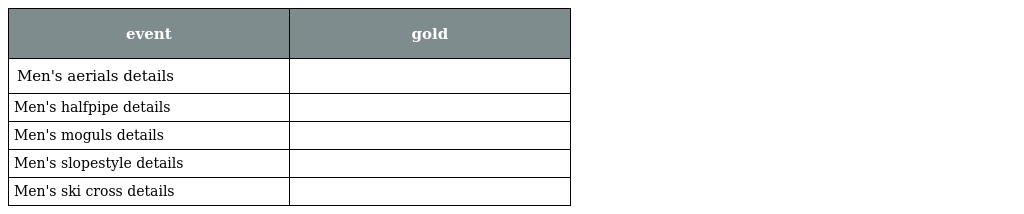
| event | gold |
 | --- | --- |
 | Men's aerials details |  |
 | Men's halfpipe details |  |
 | Men's moguls details |  |
 | Men's slopestyle details |  |
 | Men's ski cross details |  |